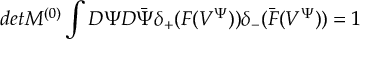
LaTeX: d e t M ^ { ( 0 ) } \int D \Psi D \bar { \Psi } \delta _ { + } ( F ( V ^ { \Psi } ) ) \delta _ { - } ( \bar { F } ( V ^ { \Psi } ) ) = 1